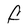
Character: F